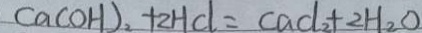
C a ( O H ) _ { 2 } + 2 H C l = C a C l _ { 2 } + 2 H _ { 2 } O